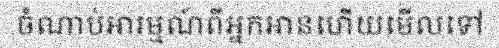
ចំណាប់អារម្មណ៍ពីអ្នកអានហើយមើលទៅ